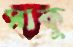
সাকু